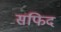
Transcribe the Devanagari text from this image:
सफिद